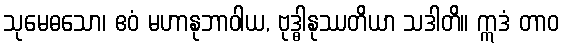
သုမေဓသော၊ ဧဝံ မဟာနုဘာဝါယ, ဗုဒ္ဓါနုဿတိယာ သဒါတိ။ ဣဒံ တာဝ